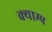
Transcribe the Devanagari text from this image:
क्याम्प